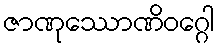
ဇာဏုဿောဏိဝဂ္ဂေါ